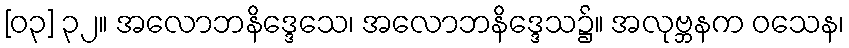
[၀၃] ၃၂။ အလောဘနိဒ္ဒေသေ၊ အလောဘနိဒ္ဒေသ၌။ အလုဗ္ဘနက ဝသေန၊